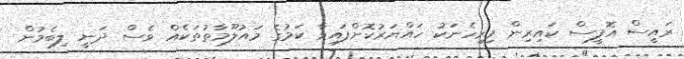
ރައީސް އޮފީސް ކައިރިން ފިރިހެނަކު ހައްޔަރުކޮށްފައިވާ ކަމުގެ މައުލޫމާތުތަކެއް ވެސް ދަނީ ލިބެމުން